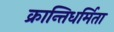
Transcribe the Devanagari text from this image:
क्रान्तिधर्मिता